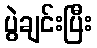
ပွဲချင်းပြီး